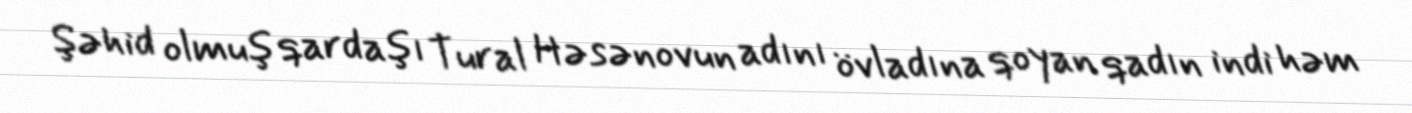
Şəhid olmuş qardaşı Tural Həsənovun adını övladına qoyan qadın indi həm